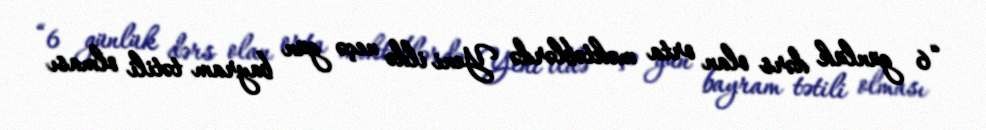
“6 günlük dərs olan orta məktəblərdə Yeni ildə neçə gün bayram tətili olması